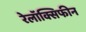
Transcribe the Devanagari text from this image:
रेलॉक्सिफीन